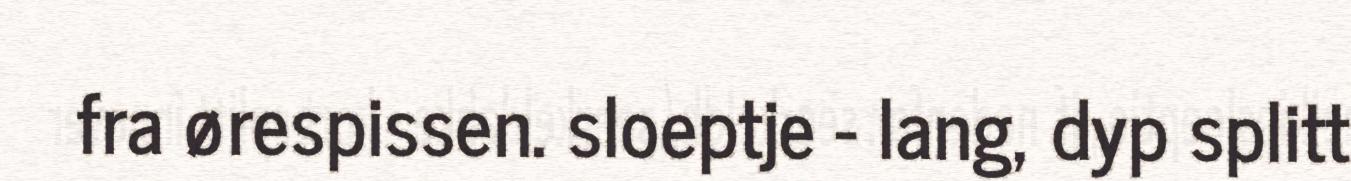
fra ørespissen. sloeptje - lang, dyp splitt